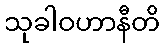
သုခါဝဟာနီတိ